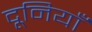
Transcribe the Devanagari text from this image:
दूनियाँ